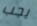
يجب